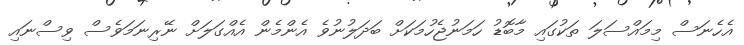
އެހެނަސް މިމައްސަލަ ތަކުގައި މާބޮޑު ހަމަނުޖެހުމަކަށް ބަދަލުނުވެ އެންމެން އެއްގަލަށް ނޭރިނަމަވެސް ވިސްނައި